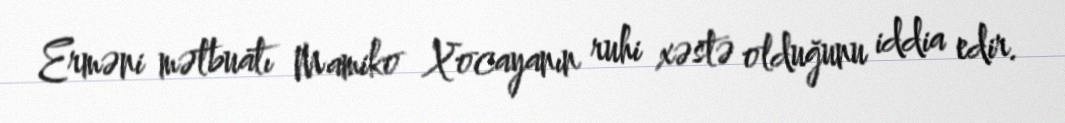
Erməni mətbuatı Mamiko Xocayanın ruhi xəstə olduğunu iddia edir.